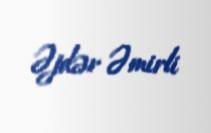
Əjdər Əmirli